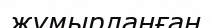
жүмырланған